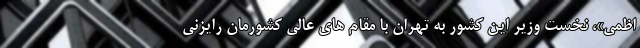
اظمی»، نخست وزیر این کشور به تهران با مقام های عالی کشورمان رایزنی